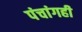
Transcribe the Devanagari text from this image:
पंचांगही